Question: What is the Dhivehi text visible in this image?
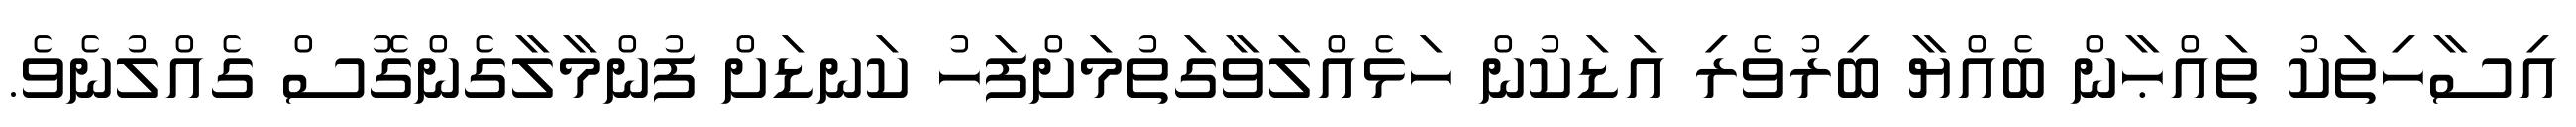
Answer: އިސާހިތަކު ތައްޙާން ބެއްޔާ ބިރުވެރި އަޑަކުން ހަޅެއްލަވާގަތުމަށްފަހު ކަނޑަށް ފުންމާލާގެންގޮސް ގެއްލުނެވެ.